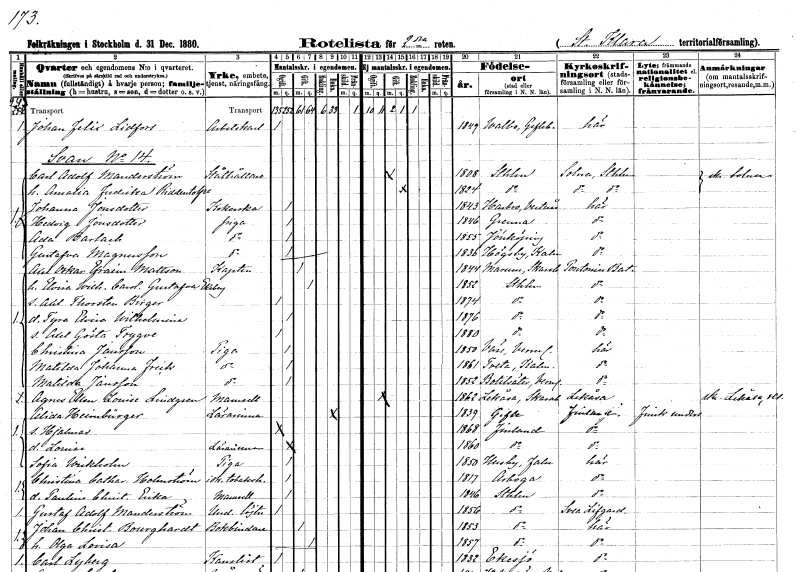
gt_parse: households: individuals: FN: Johan Felix
EN: Lidfors
YRKE: Arbetskarl
KON: M
CIV: O
FODAR: 1849
FODFORS: Valbo Gävleborgs län
FN: Carl Adolf
EN: Manderström
YRKE: Ståthållare
KON: M
CIV: G
FODAR: 1808
FODFORS: Stockholm
FN: Amalia Fredrika
EN: Ridderstolpe
KON: K
CIV: G
FODAR: 1824
FODFORS: Stockholm
FN: Johanna
EN: Jonsdotter
YRKE: Kokerska
KON: K
CIV: O
FODAR: 1843
FODFORS: Harbo Västmanlands län
FN: Hedvig
EN: Jonsdotter
YRKE: Piga
KON: K
CIV: O
FODAR: 1846
FODFORS: Gränna Jönköpings län
FN: Ada
EN: Barlach
YRKE: Piga
KON: K
CIV: O
FODAR: 1855
FODFORS: Jönköping Jönköpings län
FN: Gustafva
EN: Magnusson
YRKE: Piga
KON: K
CIV: O
FODAR: 1836
FODFORS: Högsby Kalmar län
FN: Axel Oskar Efraim
EN: Mattson
YRKE: Kapten
KON: M
CIV: G
FODAR: 1844
FODFORS: Marum Skaraborgs län
FN: Elvira Wilhelmina Carolina Gustafva
EN: Ekeberg
KON: K
CIV: G
FODAR: 1852
FODFORS: Stockholm
FN: Axel Thorsten Birger
KON: M
CIV: O
FODAR: 1874
FODFORS: Stockholm
FN: Tyra Elvira Wilhelmina
KON: K
CIV: O
FODAR: 1876
FODFORS: Stockholm
FN: Axel Gösta Trygve
KON: M
CIV: O
FODAR: 1880
FODFORS: Stockholm
FN: Christina
EN: Jansson
YRKE: Piga
KON: K
CIV: O
FODAR: 1850
FODFORS: Väse Värmlands län
FN: Matilda Johanna
EN: Frick
YRKE: Piga
KON: K
CIV: O
FODAR: 1861
FODFORS: Tveta Kalmar län
FN: Matilda
EN: Jansson
YRKE: Piga
KON: K
CIV: O
FODAR: 1852
FODFORS: Botilsäter Värmlands län
FN: Agnes Ellen Louise
EN: Lindgren
KON: K
CIV: O
FODAR: 1862
FODFORS: Lekåsa Skaraborgs län
FN: Alida
EN: Heimbürger
YRKE: Lärarinna
KON: K
CIV: E
FODAR: 1839
FODFORS: Gävle Gävleborgs län
FN: Hjalmar
KON: M
CIV: O
FODAR: 1868
FN: Louise
YRKE: Lärarinna
KON: K
CIV: O
FODAR: 1860
FN: Sofia
EN: Wickholm
YRKE: Piga
KON: K
CIV: O
FODAR: 1850
FODFORS: Husby Kopparbergs län
FN: Christina Catharina
EN: Holmström
YRKE: Tobakshandlerska
KON: K
CIV: O
FODAR: 1817
FODFORS: Arboga Västmanlands län
FN: Paulina Christina Erika
KON: K
CIV: O
FODAR: 1846
FODFORS: Stockholm
FN: Gustaf Adolf
EN: Manderström
YRKE: Underlöjtnant
KON: M
CIV: O
FODAR: 1856
FODFORS: Stockholm